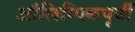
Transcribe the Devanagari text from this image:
ऑलिम्पिकपूर्वी